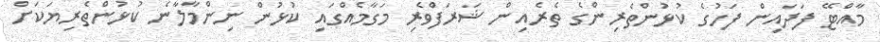
މާއްޓޭ ފަދައިން ފަހުގެ ކުޅުންތެރިންގެ ތެރެއިން ޝަރަފްވެރި މަގާމެއްގައި ކުޅުން ނިންމާލާނެ ކުޅުންތެރިޔަކަށް